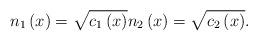
LaTeX: \begin{align*}n_{1}\left( x\right) =\sqrt{c_{1}\left( x\right) }n_{2}\left(x\right) =\sqrt{c_{2}\left( x\right) }. \end{align*}